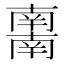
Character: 𰆀